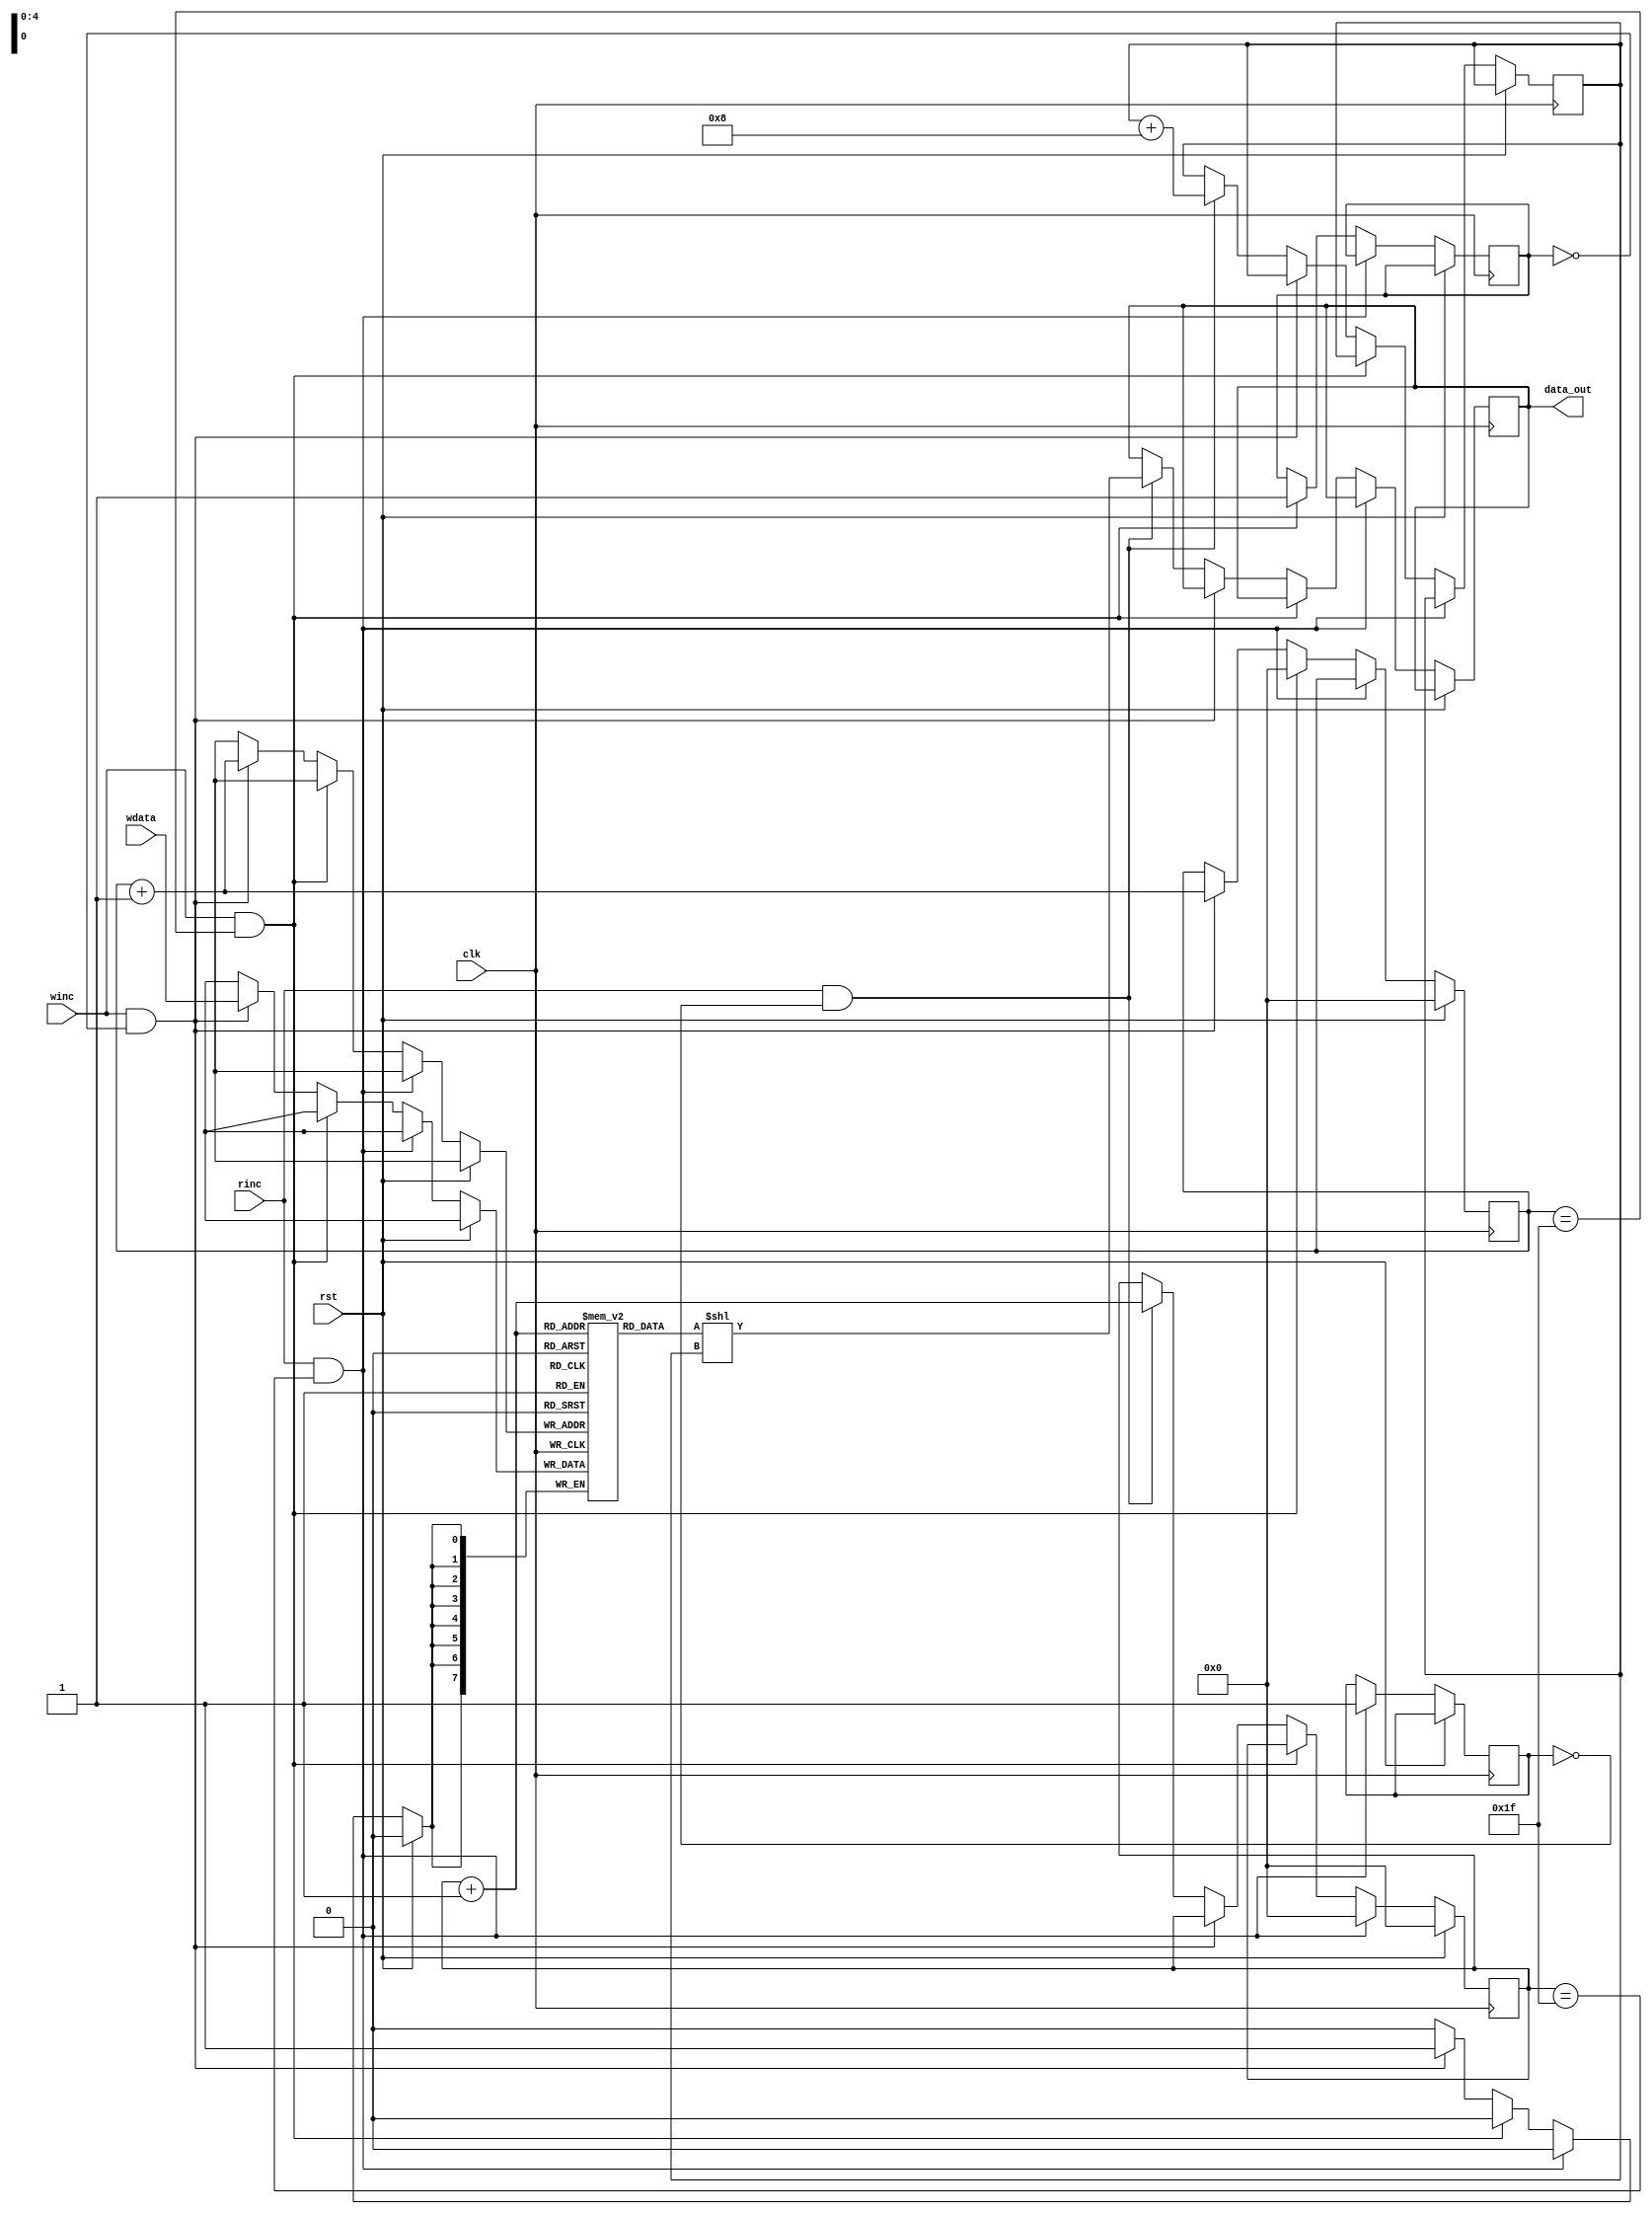
`timescale 1 ns / 1 ps
module asy_fifo (data_out,wdata,winc, clk, rst, rinc);

  parameter DSIZE = 8;
  parameter ASIZE = 4;
  output [119:0] data_out ;
  
  input  [DSIZE-1:0] wdata;
  input              winc, clk;
  input              rinc,rst;
  reg    [ASIZE:0]   w_pointer;
  reg    [ASIZE:0]   r_pointer;
  reg [DSIZE-1:0] rdata;
  reg  [119:0] data_out ;
 
  reg w_full,r_empty;
  integer i=0;
  parameter MEMDEPTH = 20;
 
  reg [DSIZE-1:0] ex_mem[MEMDEPTH-1:0];

  initial
begin
       
     
       w_pointer <= 5'b00000;
         r_pointer <= 5'b00000;
		 w_full =0;
		 r_empty=0;
	
		 
end


always @(posedge clk )

  
      if (rst) 
         begin
         w_pointer <= 5'b00000;
         r_pointer <= 5'b00000;
	end
else if(rinc && r_pointer==5'b11111)
         begin
		 r_empty=1;
		 r_pointer <= 5'b00000;
		 $display ("at time %0d rempty=%b", $time, r_empty);
		    end
else if(winc && w_pointer==5'b11111)
       begin
	   w_full=1;		 
       w_pointer <= 5'b00000;
             end

else if (winc && !w_full)
   
  begin
   
 w_pointer= w_pointer+1;

 ex_mem[w_pointer]<=  wdata;
 

$display ("at time %0d w_pointer=%d", $time, w_pointer);
   end

else if(rinc && !r_empty )
    begin

      r_pointer= r_pointer+1;

    rdata=ex_mem[r_pointer];
	$display ("at time %0d r_pointer=%d", $time, r_pointer);
	$display ("at time %0d rdata=%d", $time, rdata);
	  data_out=rdata;
	 data_out=data_out<<i;
	  i=i+8;
	  $display ("at time %0d data_out=%b", $time, data_out);
	 
	

    end
	
	
  endmodule